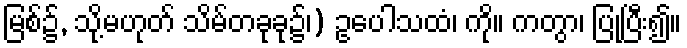
မြစ်၌, သို့မဟုတ် သိမ်တခုခု၌၊) ဥပေါသထံ၊ ကို။ ကတွာ၊ ပြုပြီး၍။